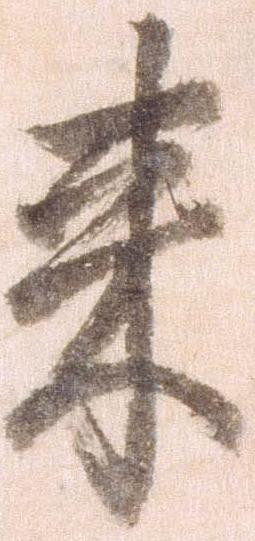
来